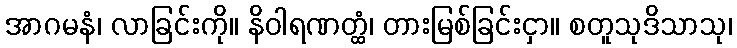
အာဂမနံ၊ လာခြင်းကို။ နိဝါရဏတ္ထံ၊ တားမြစ်ခြင်းငှာ။ စတူသုဒိသာသု၊